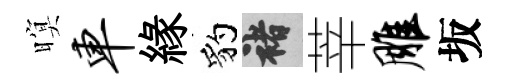
暝车緣豹褚莘雕坂